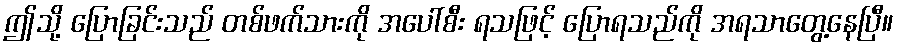
ဤသို့ ပြောခြင်းသည် တစ်ဖက်သားကို အပေါ်စီး ရသဖြင့် ပြောရသည်ကို အရသာတွေ့နေပြီ။